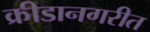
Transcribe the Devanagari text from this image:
क्रीडानगरीत